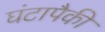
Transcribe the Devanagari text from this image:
घंटापैकी